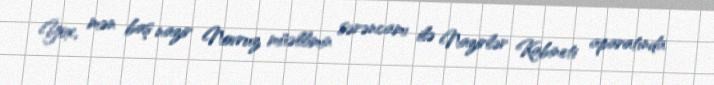
Yox, mən baş nazir Novruz müəllimin sərəncamı ilə Nazirlər Kabineti aparatında